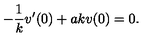
- { \frac { 1 } { k } } v ^ { \prime } ( 0 ) + a k v ( 0 ) = 0 .